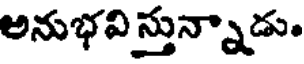
అనుభవి స్తున్నాడు.